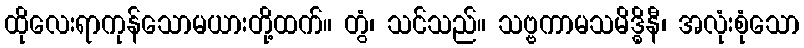
ထိုလေးရာကုန်သောမယားတို့ထက်။ တွံ၊ သင်သည်။ သဗ္ဗကာမသမိဒ္ဓိနီ၊ အလုံးစုံသော